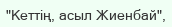
"Кеттің, асыл Жиенбай",